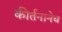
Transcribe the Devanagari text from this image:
कीर्तनानेच